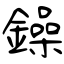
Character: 鐰